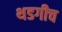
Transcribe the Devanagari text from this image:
थडगीच